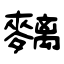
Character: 麶